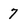
Character: 7